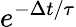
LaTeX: e^{-\Delta t/\tau}